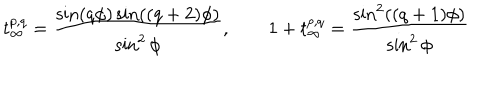
t _ { \infty } ^ { p , q } = \frac { \sin ( q \phi ) \sin ( ( q + 2 ) \phi ) } { \sin ^ { 2 } \phi } , \qquad 1 + t _ { \infty } ^ { p , q } = \frac { \sin ^ { 2 } ( ( q + 1 ) \phi ) } { \sin ^ { 2 } \phi }